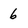
Character: 6